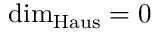
\dim _ { \operatorname { H a u s } } = 0